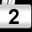
Digit: 2